Specificity of antivenomous sera (second communication) - Number 10
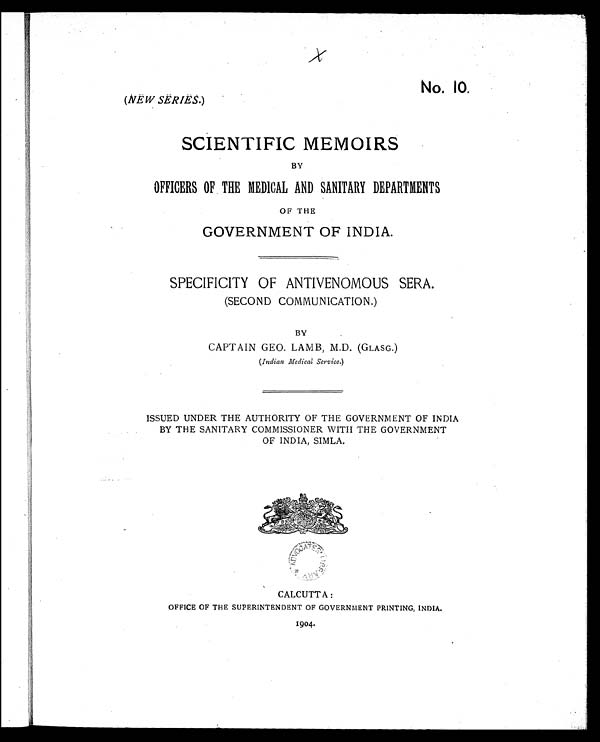
No. 10.
(NEW SERIES.)
SCIENTIFIC MEMOIRS
BY
OFFICERS OF THE MEDICAL AND SANITARY DEPARTMENTS
OF THE
GOVERNMENT OF INDIA.
SPECIFICITY OF ANTIVENOMOUS SERA.
(SECOND COMMUNICATION.)
BY
CAPTAIN GEO. LAMB, M.D. (GLASG.)
( Indian Medical Service. )
ISSUED UNDER THE AUTHORITY OF THE GOVERNMENT OF INDIA
BY THE SANITARY COMMISSIONER WITH THE GOVERNMENT
OF INDIA, SIMLA.
CALCUTTA :
OFFICE OF THE SUPERINTENDENT OF GOVERNMENT PRINTING, INDIA.
1904.